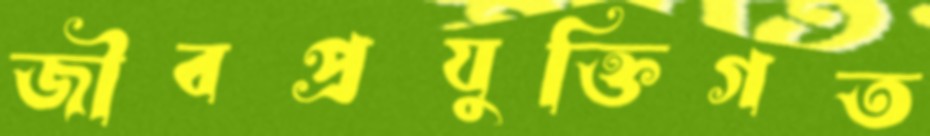
জীবপ্রযুক্তিগত